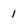
Character: 1